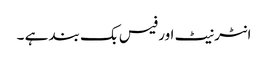
انٹرنیٹ اور فیس بک بند ہے ۔